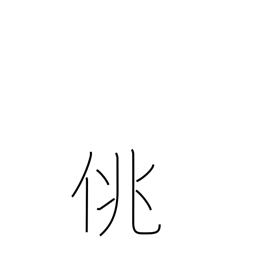
Meaning: frivolity